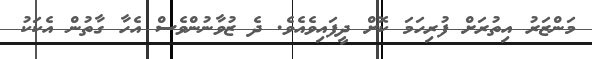
މަންޒަރު އިތުރަށް ފުރިހަމަ ކޮށް ދީފައިވެއެވެ. ދެ ޒުވާނުންވެސް އެހާ ގާތުން އެކަކު